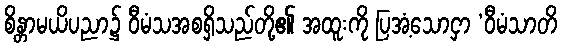
စိန္တာမယိပညာ၌ ဝီမံသအစရှိသည်တို့၏ အထူးကို ပြအံ့သောငှာ ‘ဝီမံသာတိ